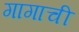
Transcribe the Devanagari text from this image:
गागाची